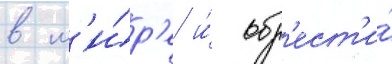
в м'и́р'е и́ обр'ест'и́